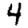
Digit: 4